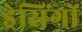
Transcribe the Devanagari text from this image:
ड्रेसिंगों